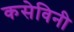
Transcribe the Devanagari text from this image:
कसेविनी